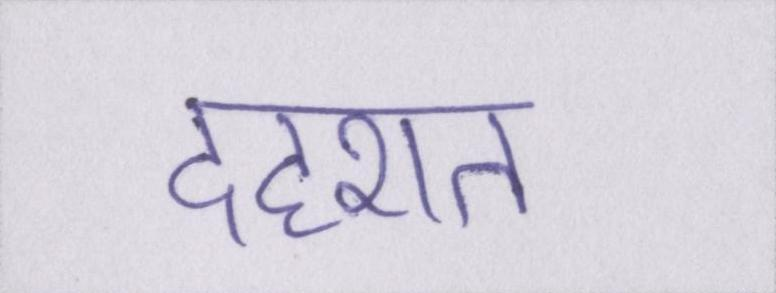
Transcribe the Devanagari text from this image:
दहशत